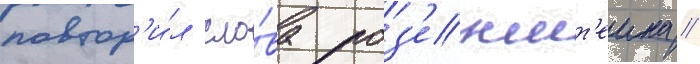
повтор'и́л сло́ва роз'еншт'еина //